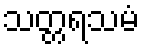
သတ္တရသမံ